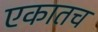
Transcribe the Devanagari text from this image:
एकातच